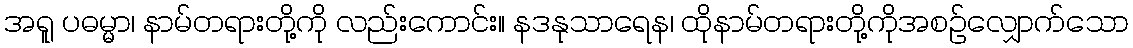
အရူ ပဓမ္မာ၊ နာမ်တရားတို့ကို လည်းကောင်း။ နဒနုသာရေန၊ ထိုနာမ်တရားတို့ကိုအစဉ်လျှောက်သော